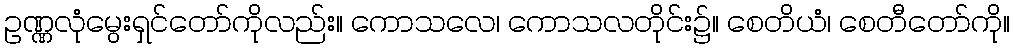
ဥဏ္ဏလုံမွေးရှင်တော်ကိုလည်း။ ကောသလေ၊ ကောသလတိုင်း၌။ စေတိယံ၊ စေတီတော်ကို။